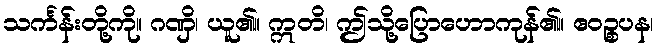
သင်္ကန်းတို့ကို။ ဂဏှိ၊ ယူ၏။ ဣတိ၊ ဤသို့ပြောဟောကုန်၏။ ဧဝဉ္စပန၊